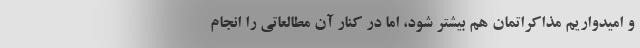
و امیدواریم مذاکراتمان هم بیشتر شود، اما در کنار آن مطالعاتی را انجام